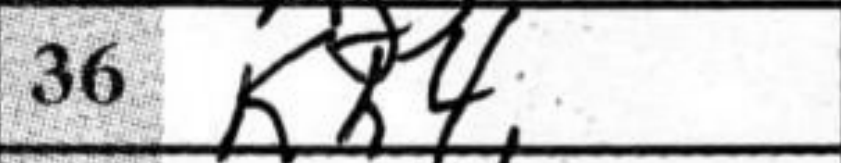
Transcription: Kh4